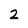
Character: 2